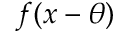
f ( x - \theta )